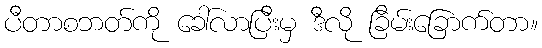
ပီတာစဘတ်ကို ခေါ်လာပြီးမှ ဒီလို ခြိမ်းခြောက်တာ။